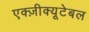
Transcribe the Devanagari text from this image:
एक्ज़ीक्यूटेबल